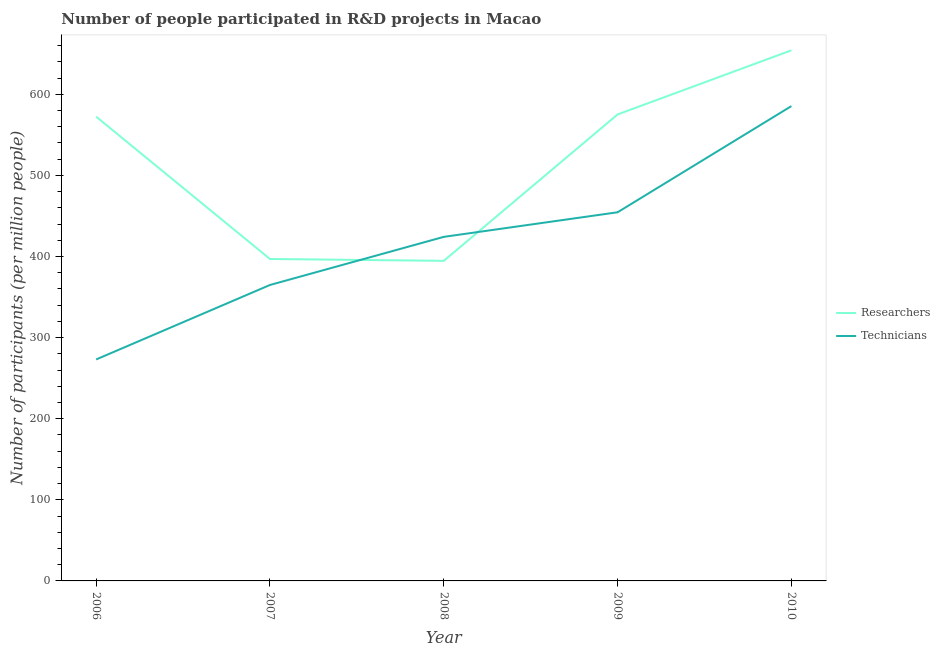
| Year | Researchers | Technicians |
 | --- | --- | --- |
 | 2006 | 572 | 273 |
 | 2007 | 397 | 365 |
 | 2008 | 395 | 424 |
 | 2009 | 575 | 455 |
 | 2010 | 654 | 585 |